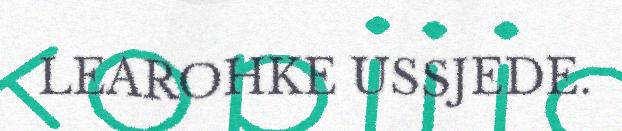
LEAROHKE USSJEDE.